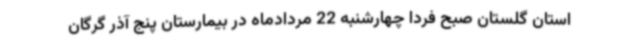
استان گلستان صبح فردا چهارشنبه 22 مردادماه در بیمارستان پنج آذر گرگان